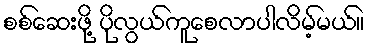
စစ်ဆေးဖို့ ပိုလွယ်ကူစေလာပါလိမ့်မယ်။